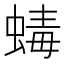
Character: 蝳